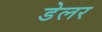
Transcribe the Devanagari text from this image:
डेलर